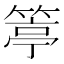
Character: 𥯢